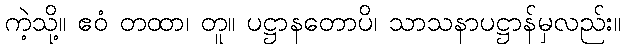
ကဲ့သို့။ ဧဝံ တထာ၊ တူ။ ပဋ္ဌာနတောပိ၊ သာသနာပဋ္ဌာန်မှလည်း။